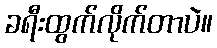
ခရီးထွက်လိုက်တာပဲ။